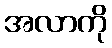
အလာကို